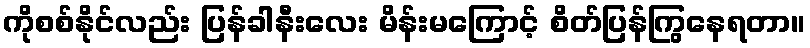
ကိုစစ်နိုင်လည်း ပြန်ခါနီးလေး မိန်းမကြောင့် စိတ်ပြန်ကြွနေရတာ။